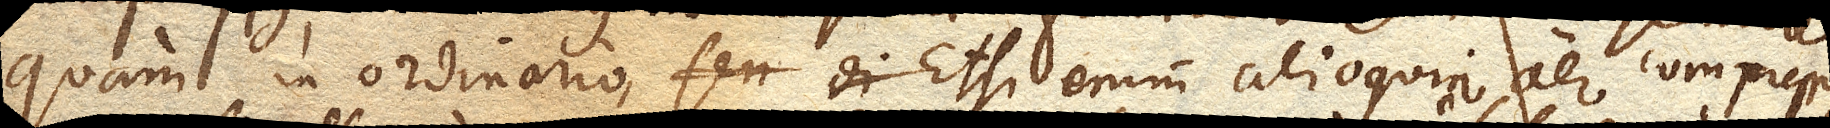
quam in ordinario. Etsi enim alioquin aer compressus